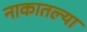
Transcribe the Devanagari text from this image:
नाकातल्या